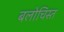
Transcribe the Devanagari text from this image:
बलोचिस्त